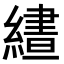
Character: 𮉂